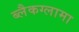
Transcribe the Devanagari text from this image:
ब्लैकग्लामा